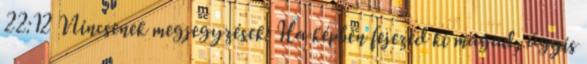
22:12 Nincsenek megjegyzések: Ha képben fejezed ki magad, úgyis